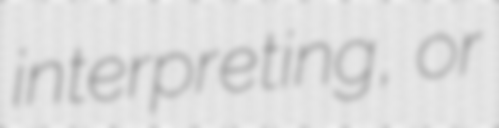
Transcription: interpreting, or